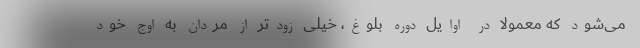
می‌شود که معمولاً در اوایل دوره بلوغ، خیلی زودتر از مردان به اوج خود